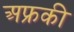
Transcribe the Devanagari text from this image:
अफ्रकी